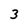
Character: 3